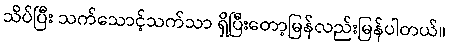
သိပ်ပြီး သက်သောင့်သက်သာ ရှိပြီးတော့မြန်လည်းမြန်ပါတယ်။